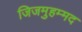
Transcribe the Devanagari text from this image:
जिजमुहम्मद